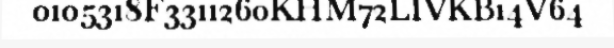
0105318F3311260KHM72LIVKB14V64